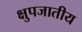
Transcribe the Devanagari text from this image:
क्षुपजातीय